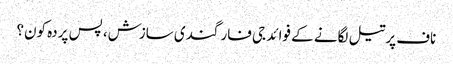
ناف پرتیل لگانے کے فوائد	جی فار گندی سازش، پس پردہ کون؟